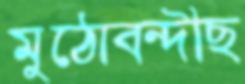
মুঠোবন্দীছ